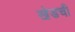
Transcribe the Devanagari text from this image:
खेडची